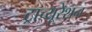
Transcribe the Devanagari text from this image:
ट्राच्यूरेशन